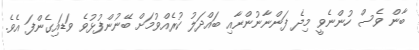
ބާން ވެސް ހުންނެވީ މިދެ ފަންނާނުންނާއި ބައްދަލު ކުރެއްވުމަށް ބޭނުންފުޅުވެ ވަޑައިގެންފަ އެވެ.